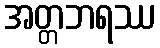
အတ္တဘရဿ